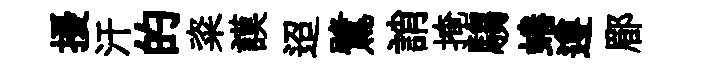
擾汗的粢謨迢鷺誚掩騶蜷遵郿